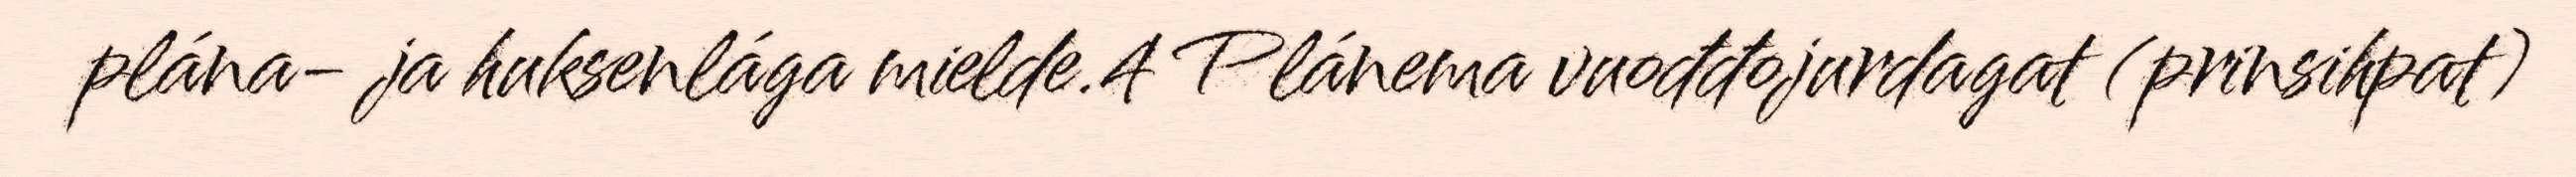
plána- ja huksenlága mielde.4 Plánema vuođđojurdagat (prinsihpat)